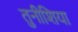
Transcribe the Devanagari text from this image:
तुनीशिया